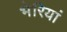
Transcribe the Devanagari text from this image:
भेरियां